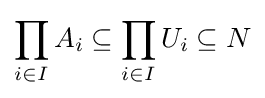
\prod _{i\in I}A_{i}\subseteq \prod _{i\in I}U_{i}\subseteq N